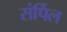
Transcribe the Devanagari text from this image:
संर्पिल